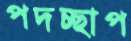
পদচ্ছাপ